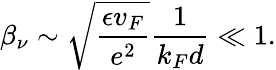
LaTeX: \beta_{\nu}\sim\sqrt{\frac{\epsilon v_{F}}{e^{2}}}\frac{1}{k_{F}d}\ll 1.